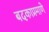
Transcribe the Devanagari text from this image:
बदकाप्रमाणे